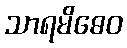
သာရမိဓေဝ